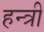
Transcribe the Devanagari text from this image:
हन्त्री